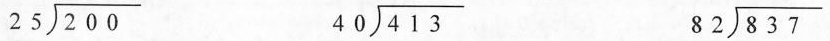
$$\longdiv { 2 0 0 } { 2 5 }$$ $$\longdiv { 4 1 3 } { 4 0 }$$ $$\longdiv { 8 3 7 } { 8 2 }$$